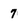
Character: 7